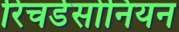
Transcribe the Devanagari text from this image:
रिचर्डसोनियन